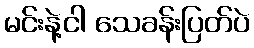
မင်းနဲ့ငါ သေခန်းပြတ်ပဲ